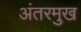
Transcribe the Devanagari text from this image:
अंतरमुख